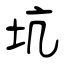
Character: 坑